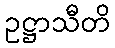
ဥဋ္ဌာသီတိ